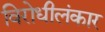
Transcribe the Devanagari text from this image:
विरोधीलंकार